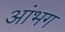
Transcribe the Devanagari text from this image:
आंभग